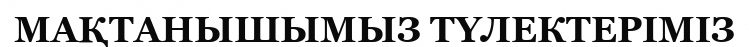
МАҚТАНЫШЫМЫЗ ТҮЛЕКТЕРІМІЗ